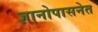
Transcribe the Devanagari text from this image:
ज्ञानोपासनेत